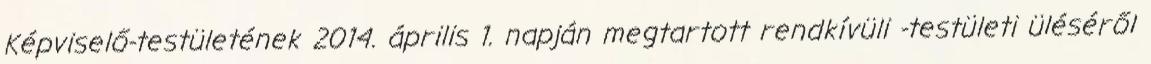
Képviselő-testületének 2014. április 1. napján megtartott rendkívüli -testületi üléséről